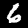
Label: 6